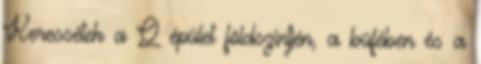
Keressétek a Q épület földszintjén, a büfében és a